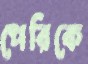
পেরিকে